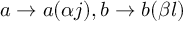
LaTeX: a \rightarrow a ( \alpha j ) , b \rightarrow b ( \beta l )